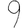
Digit: 9